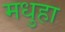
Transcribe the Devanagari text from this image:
मधुहा